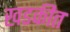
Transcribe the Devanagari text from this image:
खडकीत